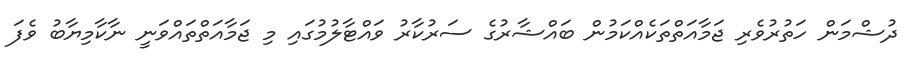
ދުޝްމަން ހަތުރުވެރި ޖަމާއަތްތަކެއްކަމުން ބައްޝާރުގެ ސަރުކާރު ވައްޓާލުމުގައި މި ޖަމާއަތްތައްވަނީ ނާކާމިޔާބު ވެފަ